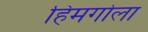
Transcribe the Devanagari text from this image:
हिमगोला